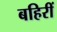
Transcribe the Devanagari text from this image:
बहिरीं